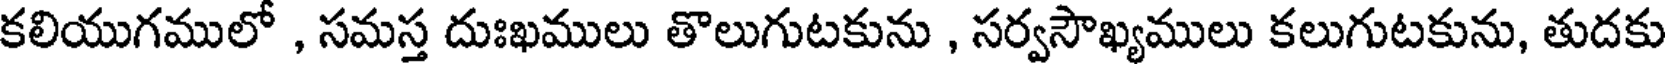
కలియుగములో , సమస్త దుఃఖములు తొలుగుటకును , సర్వసౌఖ్యములు కలుగుటకును, తుదకు